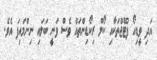
އަދި ވީޑިއޯ ފުޓޭޖްތަކާއި ކޯލް ރިކޯޑިންތައް ވެސް ވަނީ ބަލައި ނިންމައިފަ އެވެ.